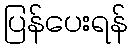
ပြန်ပေးရန်